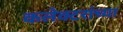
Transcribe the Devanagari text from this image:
कलेक्टरांच्या